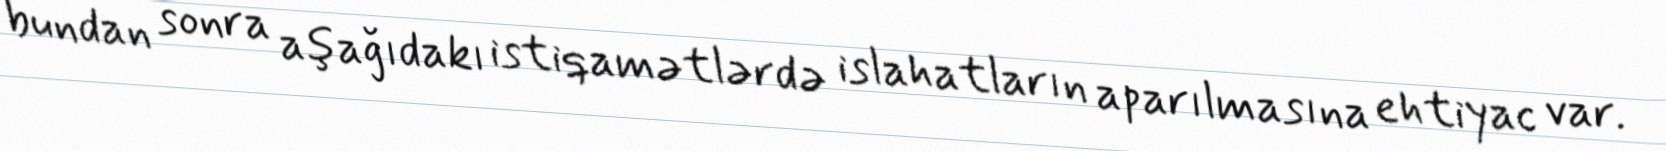
bundan sonra aşağıdakı istiqamətlərdə islahatların aparılmasına ehtiyac var.